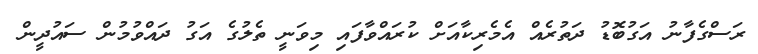
ރަސްގެފާނު އަގުބޮޑު ދަތުރެއް އެމެރިކާއަށް ކުރައްވާފައި މިވަނީ ތެލުގެ އަގު ދައްވުމުން ސައުދީން